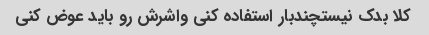
کلا بدک نیستچندبار استفاده کنی واشرش رو باید عوض کنی